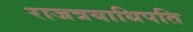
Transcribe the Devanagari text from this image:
राजत्रयाधिपति